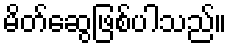
မိတ်ဆွေဖြစ်ပါသည်။